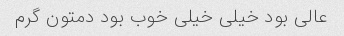
عالی بود خیلی خیلی خوب بود دمتون گرم